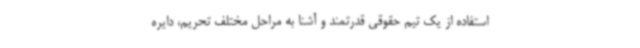
استفاده از یک تیم حقوقی قدرتمند و آشنا به مراحل مختلف تحریم، دایره